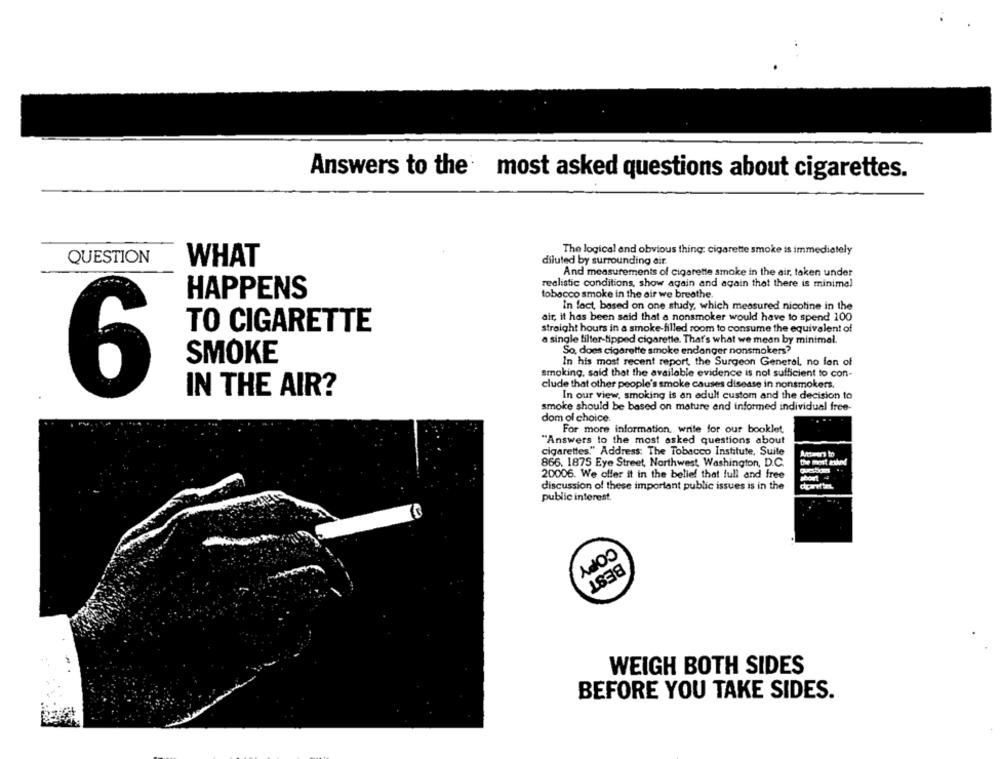
Answers to the most asked questions about cigarettes.
The logical and obvious thing: cigarette smoke is immediately
QUESTION
WHAT
diluted by surrounding air
And measurements of cigarette smoke in the air, taken under
realistic conditions, show again and again that there is minimal
HAPPENS
tobacco smoke in the air we breathe.
In fact, based on one study, which measured nicotine in the
air, it has been said that a nonsmoker would have to spend 100
TO CIGARETTE
straight hours in a smoke-filled room to consume the equivalent of
a single filter-tipped cigarette. That's what we mean by minimal.
So. does cigarette smoke endanger nonsmokers?
SMOKE
In his most recent report, the Surgeon General, no fon of
smoking, said that the available evidence is not sufficient to con-
clude that other people's smoke causes disease in nonsmokers.
6
IN THE AIR?
In our view, smoking is an adult custom and the decision to
smoke should be based on mature end informed individual free-
dom of choice.
For more information. write for our booklet
"Answers to the most asked questions about
cigarettes." Address: The Tobacco Institute, Suite
866. 1875 Eye Street, Northwest, Washington, D.C.
the most kikind
20006. We offer it in the belief that full and free
discussion of these important public issues is in the
public interest.
COPY
BEST
WEIGH BOTH SIDES
BEFORE YOU TAKE SIDES.